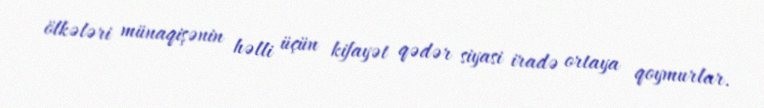
ölkələri münaqişənin həlli üçün kifayət qədər siyasi iradə ortaya qoymurlar.